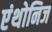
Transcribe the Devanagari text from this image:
एंथोनिज